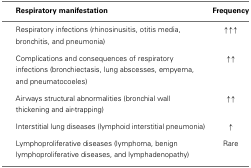
<table><thead><tr><td>[EMPTY_CELL]</td><td><b>Respiratory manifestation</b></td><td><b>Frequency</b></td></tr></thead><tbody><tr><td>[EMPTY_CELL]</td><td>Respiratory infections (rhinosinusitis, otitis media, bronchitis, and pneumonia)</td><td>↑ ↑ ↑</td></tr><tr><td>[EMPTY_CELL]</td><td>Complications and consequences of respiratory infections (bronchiectasis, lung abscesses, empyema, and pneumatocoeles)</td><td>↑ ↑</td></tr><tr><td>[EMPTY_CELL]</td><td>Airways structural abnormalities (bronchial wall thickening and air-trapping)</td><td>↑ ↑</td></tr><tr><td>[EMPTY_CELL]</td><td>Interstitial lung diseases (lymphoid interstitial pneumonia)</td><td>↑</td></tr><tr><td>[EMPTY_CELL]</td><td>Lymphoproliferative diseases (lymphoma, benign lymphoproliferative diseases, and lymphadenopathy)</td><td>Rare</td></tr></tbody></table>